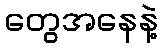
တွေအနေနဲ့